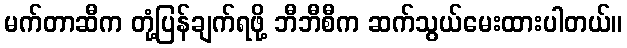
မက်တာဆီက တုံ့ပြန်ချက်ရဖို့ ဘီဘီစီက ဆက်သွယ်မေးထားပါတယ်။